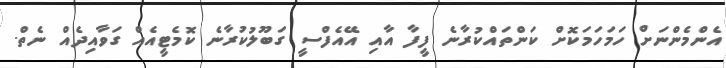
އެންމެންނަށް ހަމަހަމަކޮށް ކަންތައްކުރާނެ ފީފާ އާއި އޭއެފްސީ ގަބޫލުކުރާނެ ކޮމެޓީއެއް ގަވާއިދެއް ނެތް.